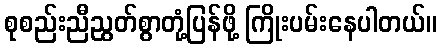
စုစည်းညီညွတ်စွာတုံ့ပြန်ဖို့ ကြိုးပမ်းနေပါတယ်။